Plague in India, 1896, 1897 - Volume 2
Year: 1896
Disease focus: Plague
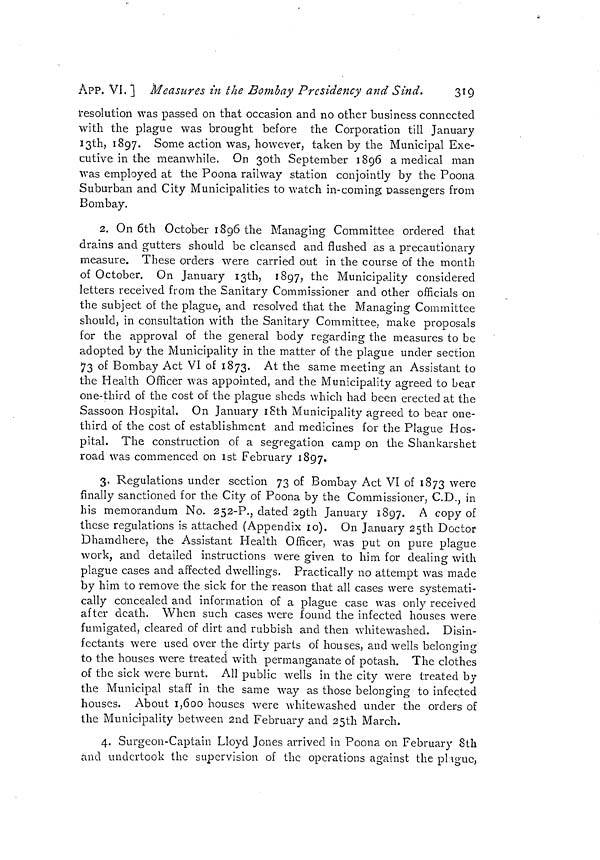
APP. VI. ] Measures in the Bombay Presidency and Sind.
319
Resolution was passed on that occasion and no other business connected
with the plague was brought before the Corporation till January
13th, 1897. Some action was, however, taken by the Municipal Exe-
cutive in the meanwhile. On 30th September 1896 a medical man
was employed at the Poona railway station conjointly by the Poona
Suburban and City Municipalities to watch in-coining passengers from
Bombay.
2. On 6th October 1896 the Managing Committee ordered that
drains and gutters should be cleansed and flushed as a precautionary
measure. These orders were carried out in the course of the month
of October. On January 13th, 1897, the Municipality considered
letters received from the Sanitary Commissioner and other officials on
the subject of the plague, and resolved that the Managing Committee
should, in consultation with the Sanitary Committee, make proposals
for the approval of the general body regarding the measures to be
adopted by the Municipality in the matter of the plague under section
73 of Bombay Act VI of 1873. At the same meeting an Assistant to
the Health Officer was appointed, and the Municipality agreed to bear
one-third of the cost of the plague sheds which had been erected at the
Sassoon Hospital, On January 18th Municipality agreed to bear one-
third of the cost of establishment and medicines for the Plague Hos-
pital. The construction of a segregation camp on the Shankarshet
road was commenced on 1st February 1897.
3. Regulations under section 73 of Bombay Act VI of 1873 were
finally sanctioned for the City of Poona by the Commissioner, C.D., in
his memorandum No. 252-P., elated 29th January 1897. A copy of
these regulations is attached (Appendix 10). On January 25th Doctor
Dhamdhere, the Assistant Health Officer, was put on pure plague
work, and detailed instructions were given to him for dealing with
plague cases and affected dwellings. Practically no attempt was made
by him to remove the sick for the reason that all cases were systemati-
cally concealed and information of a plague case was only received
after death. When such cases were found the infected houses were
fumigated, cleared of dirt and rubbish and then whitewashed. Disin-
fectants were used over the dirty parts of houses, and wells belonging
to the houses were treated with permanganate of potash. The clothes
of the sick were burnt. All public wells in the city were treated by
the Municipal staff in the same way as those belonging to infected
houses. About 1,600 houses were whitewashed under the orders of
the Municipality between 2nd February and 25th March.
4. Surgeon-Captain Lloyd Jones arrived in Poona on February 8th
and undertook the supervision of the operations against the phgue,